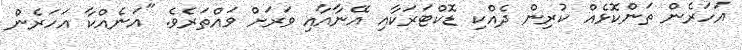
އަަހަރެން ތަންކޮޅެއް ކުރިން ދެއްކި ޑޮކްޓަރަކާއި އޭނާއާއި ވަރަށް ވައްތަރެވެ. "އަނެއްކާ އަހަރެން